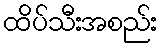
ထိပ်သီးအစည်း